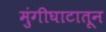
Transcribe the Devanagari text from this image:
मुंगीघाटातून